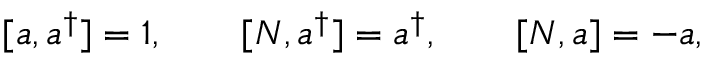
[ a , a ^ { \dagger } ] = 1 , \qquad [ N , a ^ { \dagger } ] = a ^ { \dagger } , \qquad [ N , a ] = - a ,